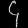
Digit: ၄